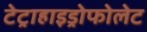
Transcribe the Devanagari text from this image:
टेट्राहाइड्रोफोलेट